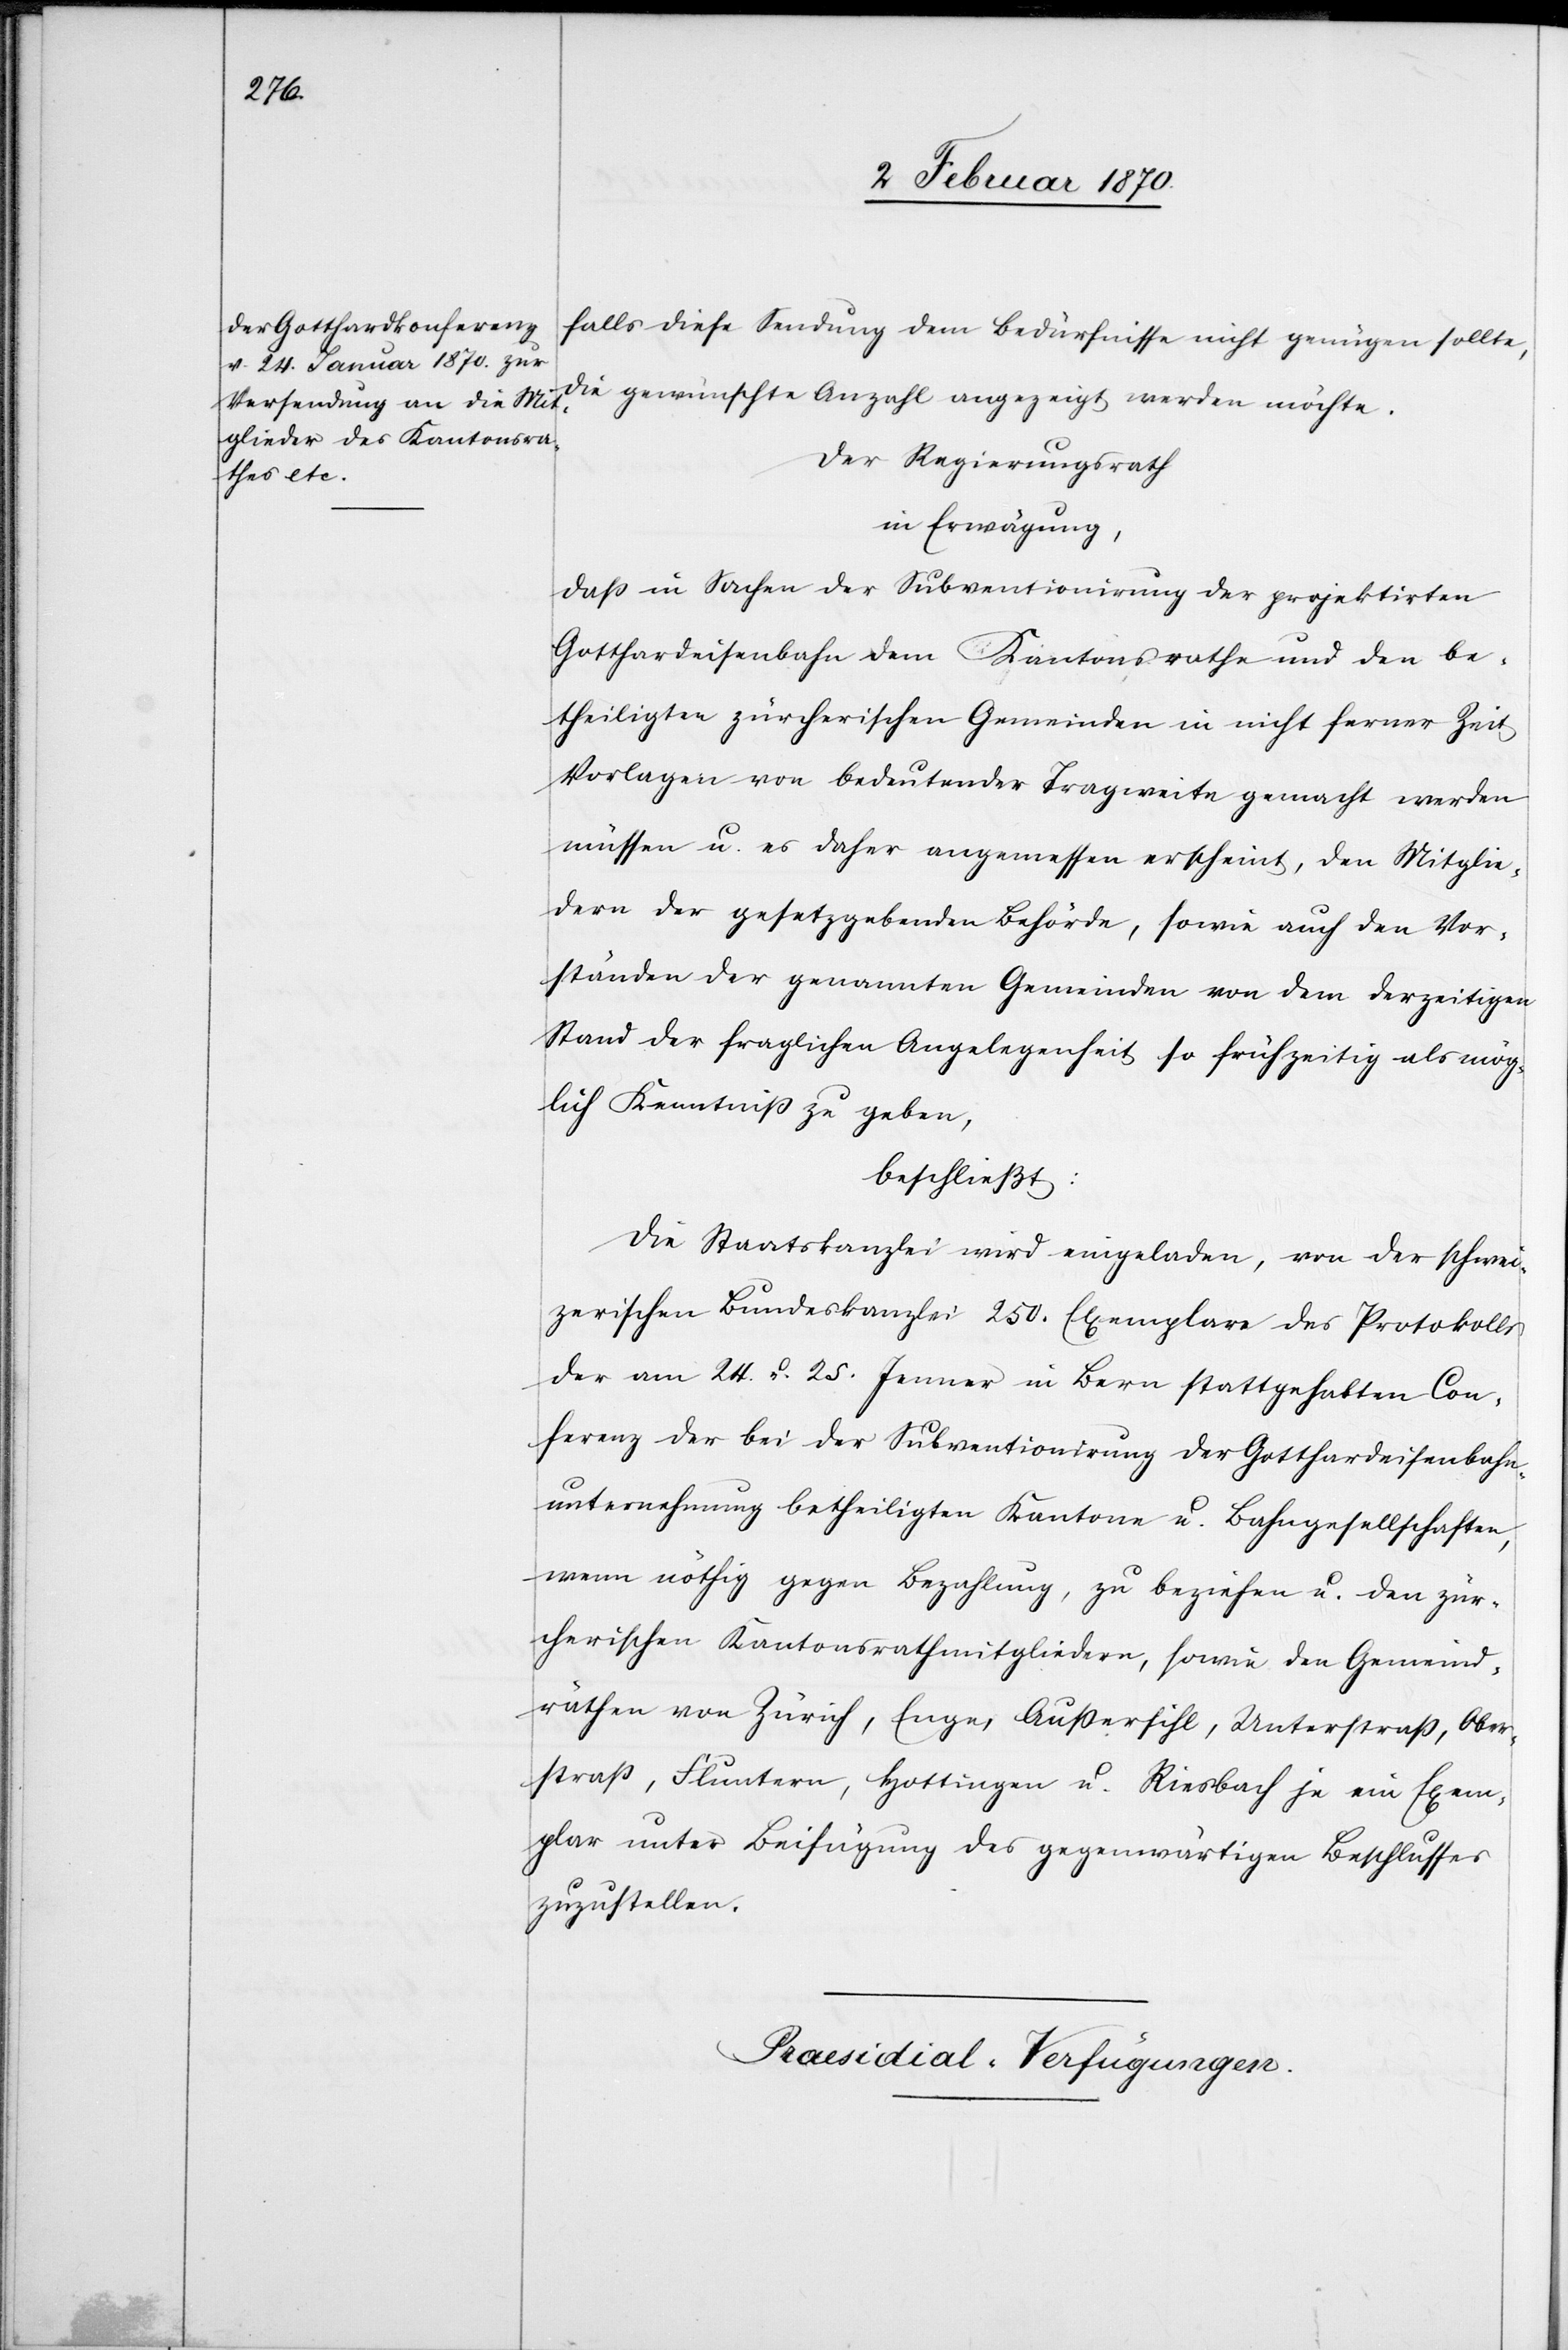
falls diese Sendung dem Bedürfnisse nicht genügen sollte,
die gewünschte Anzahl angezeigt werden möchte.
Der Regierungsrath
in Erwägung,
daß in Sachen der Subventionirung der projektirten
Gotthardeisenbahn dem Kantonsrathe und den be¬
theiligten zürcherischen Gemeinden in nicht ferner Zeit
Vorlagen von bedeutender Tragweite gemacht werden
müssen u. es daher angemessen erscheint, den Mitglie¬
dern der gesetzgebenden Behörde, sowie auch den Vor¬
ständen der genannten Gemeinden von dem derzeitigen
Stand der fraglichen Angelegenheit so frühzeitig als mög¬
lich Kenntniß zu geben,
beschließt:
Die Staatskanzlei wird eingeladen, von der schwei¬
zerischen Bundeskanzlei 250. Exemplare des Protokolls
der am 24. u. 25. Jenner in Bern stattgehabten Con¬
ferenz der bei der Subventionirung der Gotthardeisenbahn¬
unternehmung betheiligten Kantone u. Bahngesellschaften,
wenn nöthig gegen Bezahlung, zu beziehen u. den zür¬
cherischen Kantonsrathmitgliedern, sowie den Gemeind¬
räthen von Zürich, Enge, Aussersihl, Unterstraß, Ober¬
straß, Fluntern, Hottingen u. Riesbach je ein Exem¬
plar unter Beifügung des gegenwärtigen Beschlusses
zuzustellen.
Praesidial-Verfügungen.